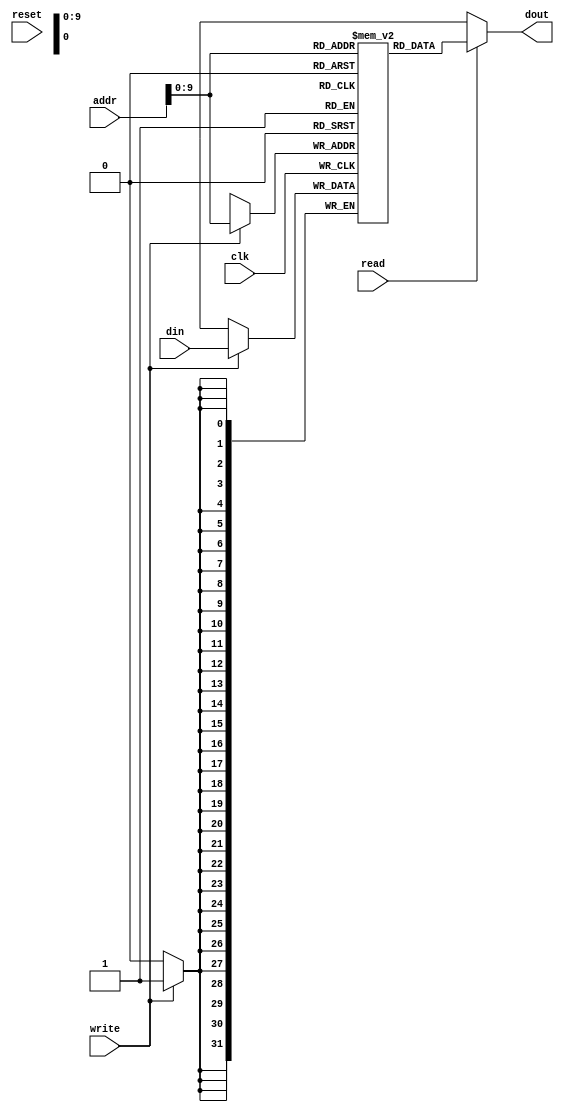
module data_mem (
    input wire clk,reset,
    input wire write,read,
    input wire [31:0] addr,
    input wire [31:0] din,
    output wire [31:0] dout
);
   
reg signed [31:0] dmem[0:1023];
 
always @(posedge clk)
begin
     if(write == 1)
        dmem[addr[9:0]] <= din;
end

assign dout = (read)? dmem[addr[9:0]] : 32'bx;
endmodule